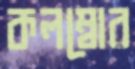
কলম্বোর